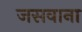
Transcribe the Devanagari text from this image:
जसवाना